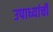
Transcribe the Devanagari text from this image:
उपाध्यांची